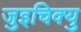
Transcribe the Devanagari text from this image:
जुइचिक्यु